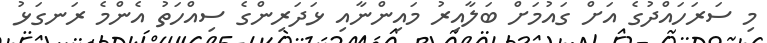
މި ސަރަހައްދުގެ އަށް ގައުމަށް ބަލާއިރު މައިންނާއި ޅަދަރިންގެ ސިއްހަތު އެންމެ ރަނގަޅު